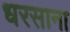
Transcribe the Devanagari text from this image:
धरसाना